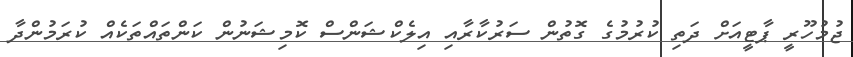
ޖުމުހޫރީ ޕާޓީއަށް ދަތި ކުރުމުގެ ގޮތުން ސަރުކާރާއި އިލެކްޝަންސް ކޮމިޝަނުން ކަންތައްތަކެއް ކުރަމުންދާ